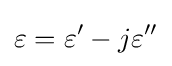
\varepsilon =\varepsilon '-j\varepsilon ''